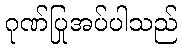
ဂုဏ်ပြုအပ်ပါသည်